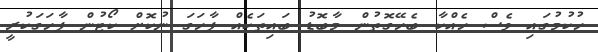
ހުކުމުގައި ވެސް ހެއްކާ ބެހޭގޮތުން މާބޮޑު ބައިތަކެއް ފާހަގަ ނުކޮށް ކޯޓުން ފާހަގަކުރީ